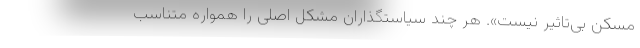
مسکن بی‌تاثیر نیست». هر چند سیاستگذاران مشکل اصلی را همواره متناسب